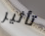
تأثير